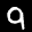
Label: 9